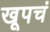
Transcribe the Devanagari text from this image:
खूपचं